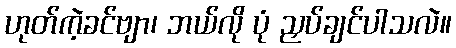
ဟုတ်ကဲ့ခင်ဗျာ၊ ဘယ်လို ပုံ ညှပ်ချင်ပါသလဲ။